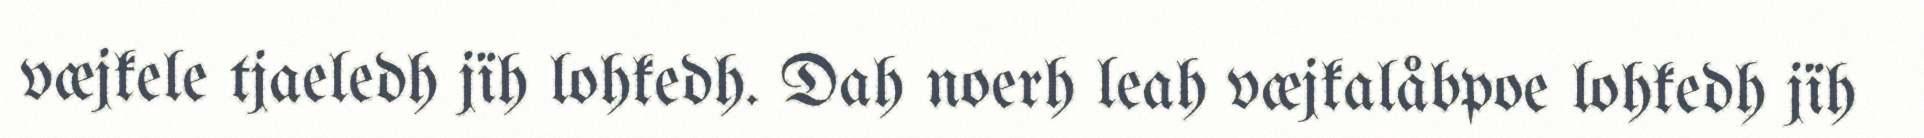
væjkele tjaeledh jïh lohkedh. Dah noerh leah væjkalåbpoe lohkedh jïh